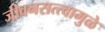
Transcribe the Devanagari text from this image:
जीवनसत्त्वामुळे